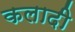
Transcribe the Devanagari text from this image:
कलादी